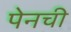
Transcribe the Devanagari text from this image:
पेनची